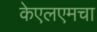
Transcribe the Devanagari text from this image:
केएलएमचा